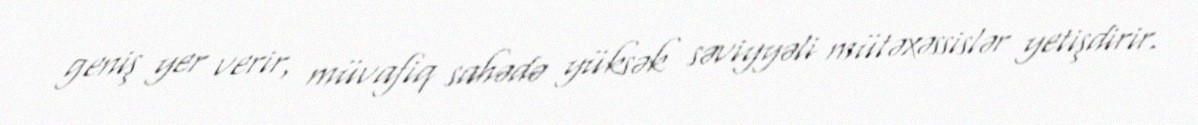
geniş yer verir, müvafiq sahədə yüksək səviyyəli mütəxəssislər yetişdirir.